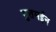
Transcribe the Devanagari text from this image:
मुतमईन